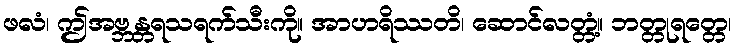
ဖလံ၊ ဤအဗ္ဘန္တရသရက်သီးကို။ အာဟရိဿတိ၊ ဆောင်လတ္တံ့။ ဘတ္တုရတ္တေ၊